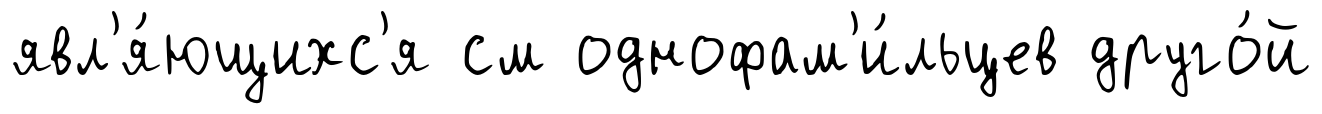
явл'я́ющихс'я см однофам'и́льцев друго́й